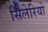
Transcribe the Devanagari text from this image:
सिलेरियो